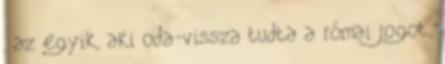
, az egyik, aki oda-vissza tudta a római jogot,